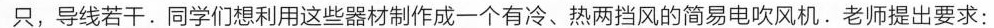
只，导线若干。同学们想利用这些器材制作成一个有冷、热两挡风的简易电吹风机。老师提出要求：